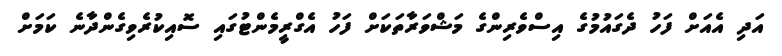
އަދި އެއަށް ފަހު ދެގައުމުގެ އިސްވެރިންގެ މަޝްވަރާތަކަށް ފަހު އެގްރީމެންޓުގައި ސޮއިކުރެވިގެންދާނެ ކަމަށް